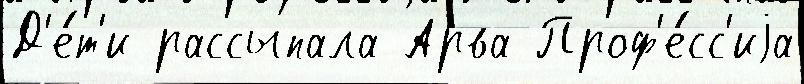
Д'е́т'и рассыпала Арва Проф'е́сс'иjа